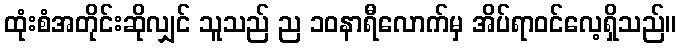
ထုံးစံအတိုင်းဆိုလျှင် သူသည် ည ၁၀နာရီလောက်မှ အိပ်ရာဝင်လေ့ရှိသည်။